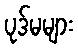
ပုဒ်မများ